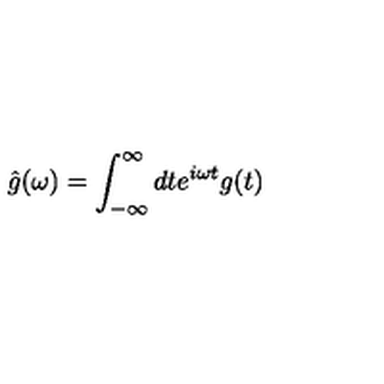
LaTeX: \hat { g } ( \omega ) = \int _ { - \infty } ^ { \infty } d t e ^ { i \omega t } g ( t )